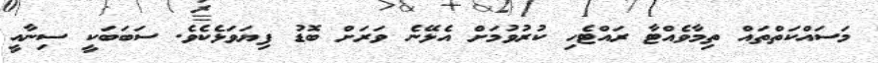
މަސައްކަތްތައް ތިމާވެއްޓާ ރައްޓެހި ކުރުވުމަށް އެޅޭނެ ވަރަށް ބޮޑު ފިޔަވަޅެކެވެ. ސަބަބަކީ ސިނާއީ